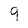
Character: 9